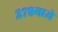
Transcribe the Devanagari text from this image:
२७९मध्ये